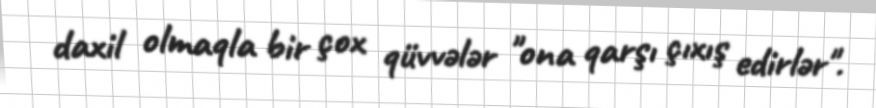
daxil olmaqla bir çox qüvvələr "ona qarşı çıxış edirlər".